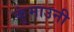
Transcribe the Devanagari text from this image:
कुंमाउनी